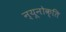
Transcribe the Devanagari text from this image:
न्यूनोक्‍ति